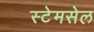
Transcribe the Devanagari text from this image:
स्टेमसेल